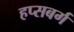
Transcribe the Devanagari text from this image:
हप्सबर्ग